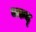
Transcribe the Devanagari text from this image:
मरुद्